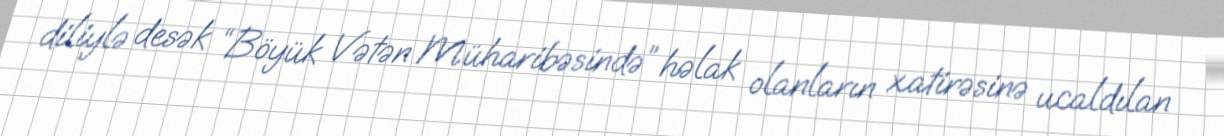
diliylə desək “Böyük Vətən Müharibəsində” həlak olanların xatirəsinə ucaldılan